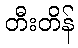
တီးတိန်